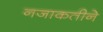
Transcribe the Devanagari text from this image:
नजाकतीने